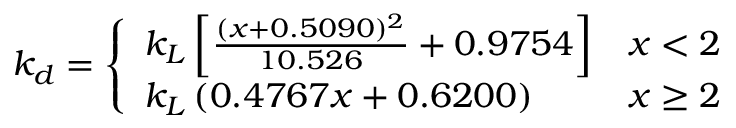
k _ { d } = \left\{ \begin{array} { l l } { k _ { L } \left[ \frac { ( x + 0 . 5 0 9 0 ) ^ { 2 } } { 1 0 . 5 2 6 } + 0 . 9 7 5 4 \right] } & { x < 2 } \\ { k _ { L } \left( 0 . 4 7 6 7 x + 0 . 6 2 0 0 \right) } & { x \geq 2 } \end{array} \right.